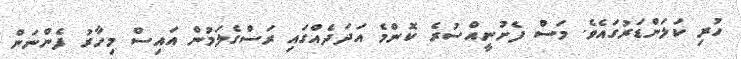
ހުރި ކަލަންޑަރުގައެވެ. މަސް ފެށުނީއްސުރެ ކޮންމެ އަދަދެއްގައި ރަސްގެލަމުން އައިސް މިހާރު ފެންނަން